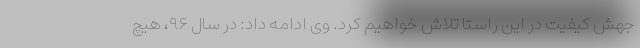
جهش کیفیت در این راستا تلاش خواهیم کرد. وی ادامه داد: در سال ۹۶، هیچ